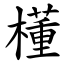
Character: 㯵